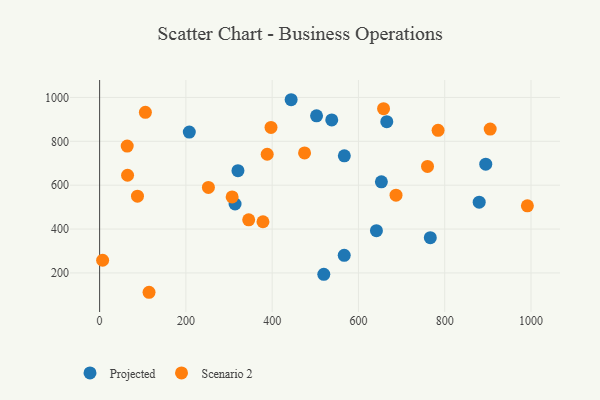
{"axis": {"x": "Study Hours", "y": "Demand"}, "legend": ["Projected", "Scenario 2"], "data": [{"x": "320.7", "y": 666.2, "type": "Projected"}, {"x": "444.0", "y": 989.6, "type": "Projected"}, {"x": "502.9", "y": 916.3, "type": "Projected"}, {"x": "519.7", "y": 193.6, "type": "Projected"}, {"x": "895.1", "y": 696.0, "type": "Projected"}, {"x": "641.7", "y": 392.4, "type": "Projected"}, {"x": "567.3", "y": 733.7, "type": "Projected"}, {"x": "314.0", "y": 514.2, "type": "Projected"}, {"x": "653.2", "y": 615.4, "type": "Projected"}, {"x": "567.0", "y": 280.3, "type": "Projected"}, {"x": "538.1", "y": 897.7, "type": "Projected"}, {"x": "879.9", "y": 522.6, "type": "Projected"}, {"x": "207.9", "y": 841.9, "type": "Projected"}, {"x": "665.7", "y": 889.4, "type": "Projected"}, {"x": "766.6", "y": 360.9, "type": "Projected"}, {"x": "991.6", "y": 506.0, "type": "Scenario 2"}, {"x": "345.6", "y": 442.1, "type": "Scenario 2"}, {"x": "397.3", "y": 863.5, "type": "Scenario 2"}, {"x": "106.1", "y": 932.1, "type": "Scenario 2"}, {"x": "687.1", "y": 554.5, "type": "Scenario 2"}, {"x": "905.4", "y": 855.7, "type": "Scenario 2"}, {"x": "7.0", "y": 257.8, "type": "Scenario 2"}, {"x": "658.2", "y": 948.7, "type": "Scenario 2"}, {"x": "378.7", "y": 433.2, "type": "Scenario 2"}, {"x": "388.5", "y": 741.1, "type": "Scenario 2"}, {"x": "64.8", "y": 645.4, "type": "Scenario 2"}, {"x": "87.8", "y": 549.9, "type": "Scenario 2"}, {"x": "784.6", "y": 850.3, "type": "Scenario 2"}, {"x": "64.0", "y": 778.3, "type": "Scenario 2"}, {"x": "475.1", "y": 747.2, "type": "Scenario 2"}, {"x": "114.6", "y": 111.8, "type": "Scenario 2"}, {"x": "307.2", "y": 546.7, "type": "Scenario 2"}, {"x": "252.2", "y": 590.0, "type": "Scenario 2"}, {"x": "760.1", "y": 685.7, "type": "Scenario 2"}]}